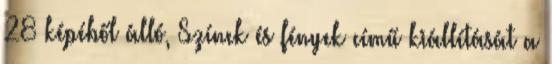
28 képéből álló, Színek és fények című kiállítását a